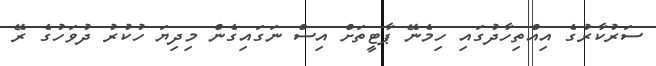
ސަރުކާރުގެ އިއްތިހާދުގައި ހިމެނޭ ޕާޓީތަށް އިސް ނަގައިގެން މިދިޔަ ހުކުރު ދުވަހުގެ ރޭ